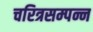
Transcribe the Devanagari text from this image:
चरित्रसम्पन्न